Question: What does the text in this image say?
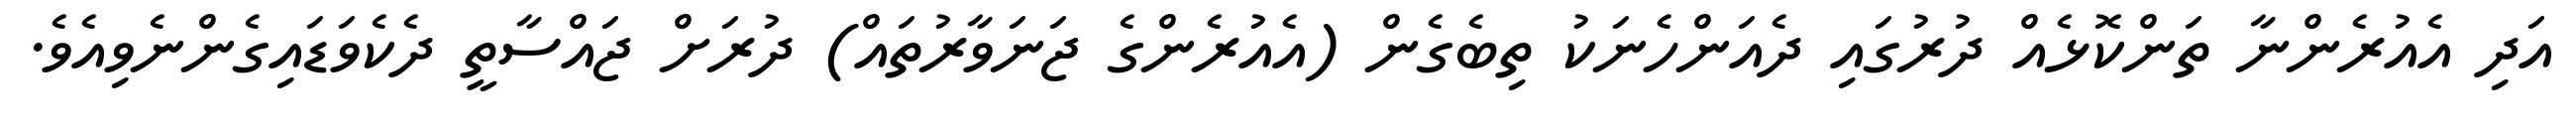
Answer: އަދި އެއުރެންނާ ތަންކޮޅެއް ދުރުގައި ދެއަންހެނަކު ތިބެގެން (އެއުރެންގެ ޖަނަވާރުތައް) ދުރަށް ޖައްސާތީ ދެކެވަޑައިގެންނެވިއެވެ.